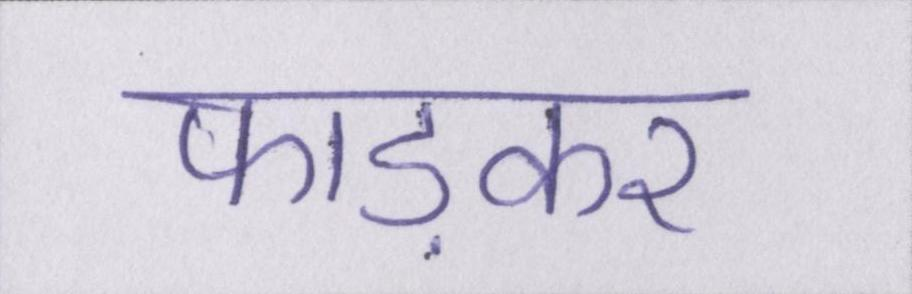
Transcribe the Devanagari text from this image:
फाड़कर